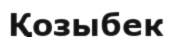
Қозыбек